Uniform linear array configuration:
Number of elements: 16
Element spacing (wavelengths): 0.75
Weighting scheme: blackman
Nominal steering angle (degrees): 15
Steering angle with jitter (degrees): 16.727
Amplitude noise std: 0.05
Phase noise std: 0.05

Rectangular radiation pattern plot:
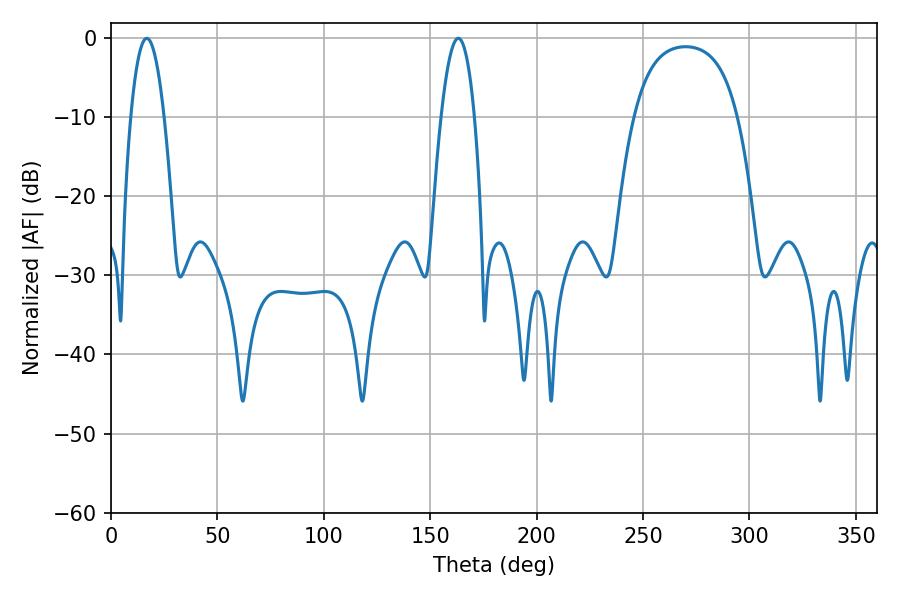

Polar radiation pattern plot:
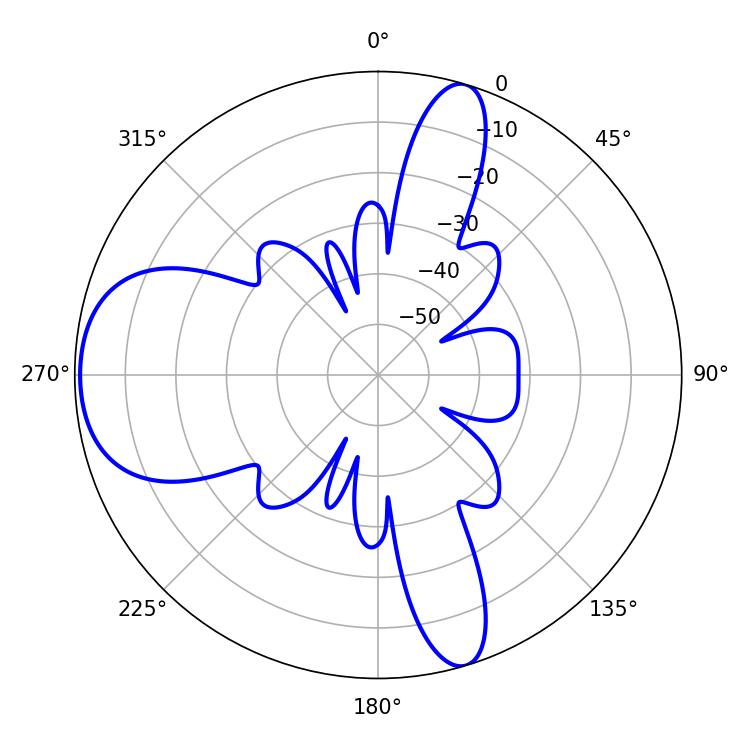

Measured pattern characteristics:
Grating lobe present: TRUE
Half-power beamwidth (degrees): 8.64
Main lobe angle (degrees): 16.74